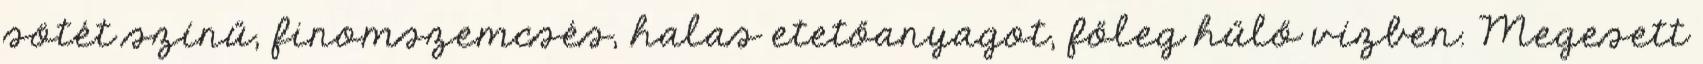
sötét színű, finomszemcsés, halas etetőanyagot, főleg hűlő vízben. Megesett